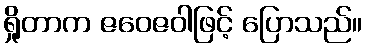
ရှိုတာက ဇဝေဇဝါဖြင့် ပြောသည်။